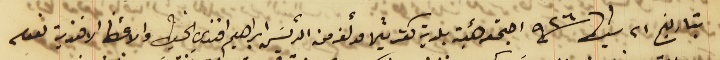
بتاريخ ٢١ شباط سنة ٩٢٦ اجتمعه هيئة بلدية كفرشيما مؤلفه من الرئيسَ ابراهيم افندي الخياط والاعضأ الافندية نعوم